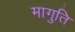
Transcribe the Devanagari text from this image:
मागुति